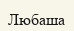
Любаша